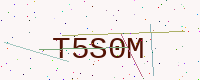
Text: T5S0M